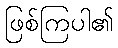
ဖြစ်ကြပါ၏